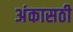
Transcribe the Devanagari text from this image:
अंकासठी